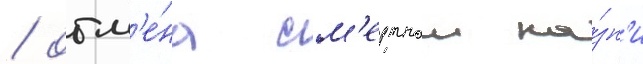
/ отм'е́на см'ертнои ка́зн'и